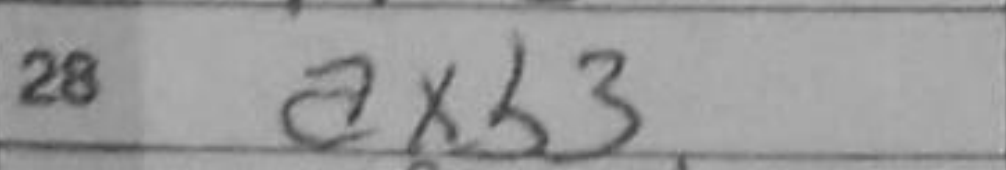
Transcription: axb3